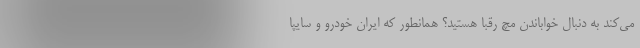
می‌کند به دنبال خواباندن مچ رقبا هستید؟ همانطور که ایران خودرو و سایپا